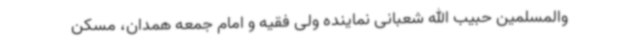
والمسلمین حبیب الله شعبانی نماینده ولی فقیه و امام جمعه همدان، مسکن